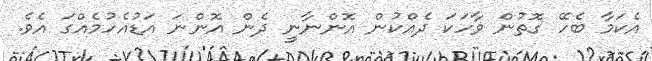
އެކަމާ ބެހޭ ގޮތުން ވާހަކަ ދެއްކުން އޮންނާނީ ދެން އޮންނަ އަޑުއެހުމެއްގަ އެވެ.